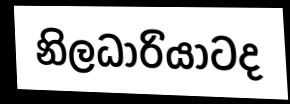
නිලධාරියාටද